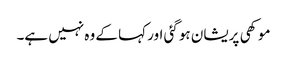
موکھی پریشان ہو گئی اور کہا کے وہ نہیں ہے۔